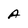
Character: A